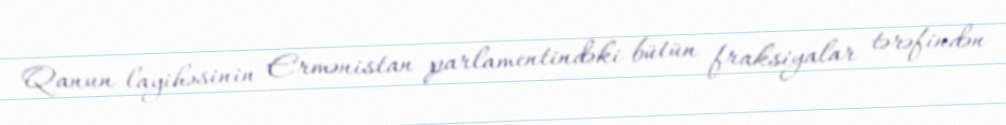
Qanun layihəsinin Ermənistan parlamentindəki bütün fraksiyalar tərəfindən